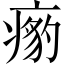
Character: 𱱟